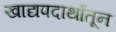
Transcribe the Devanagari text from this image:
खाद्यपदार्थांतून